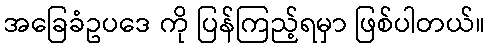
အခြေခံဥပဒေ ကို ပြန်ကြည့်ရမှာ ဖြစ်ပါတယ်။